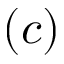
( c )